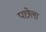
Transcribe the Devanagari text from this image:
पछेला